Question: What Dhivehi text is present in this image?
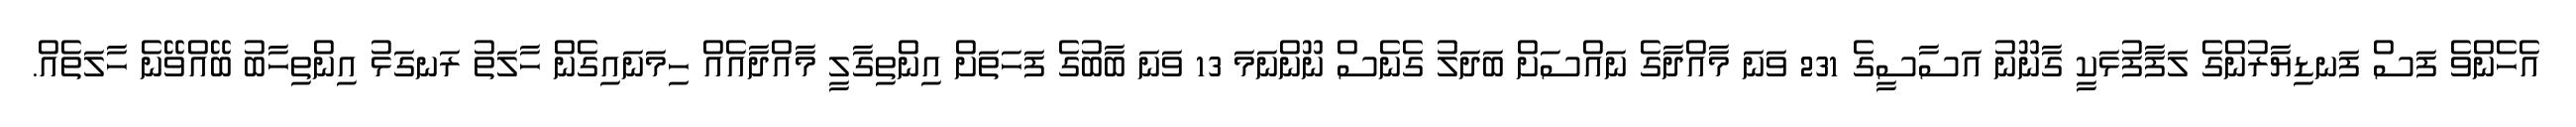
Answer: އެހެންވެ ފަސް ފަނޑިޔާރުންގެ ލަފާފުޅަކީ ގާނޫނު އަސާސީގެ 231 ވަނަ މާއްދާގެ ނައްސަށް ބަދަލު ގެނެސް ނޫންނަމަ 13 ވަނަ ބާބުގެ ފަހަތަށް އިންތިގާލީ މާއްދާއެއް ހިމަނައިގެން ހާލަތު ރަނގަޅު އިންތިހާބު ބޭއްވޭނެ ހާލަތެއް.